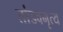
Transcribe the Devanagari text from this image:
तांडवनृत्य